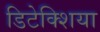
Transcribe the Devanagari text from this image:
डिटेक्शिया